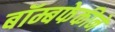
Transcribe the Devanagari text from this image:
बॉम्बफेकीने